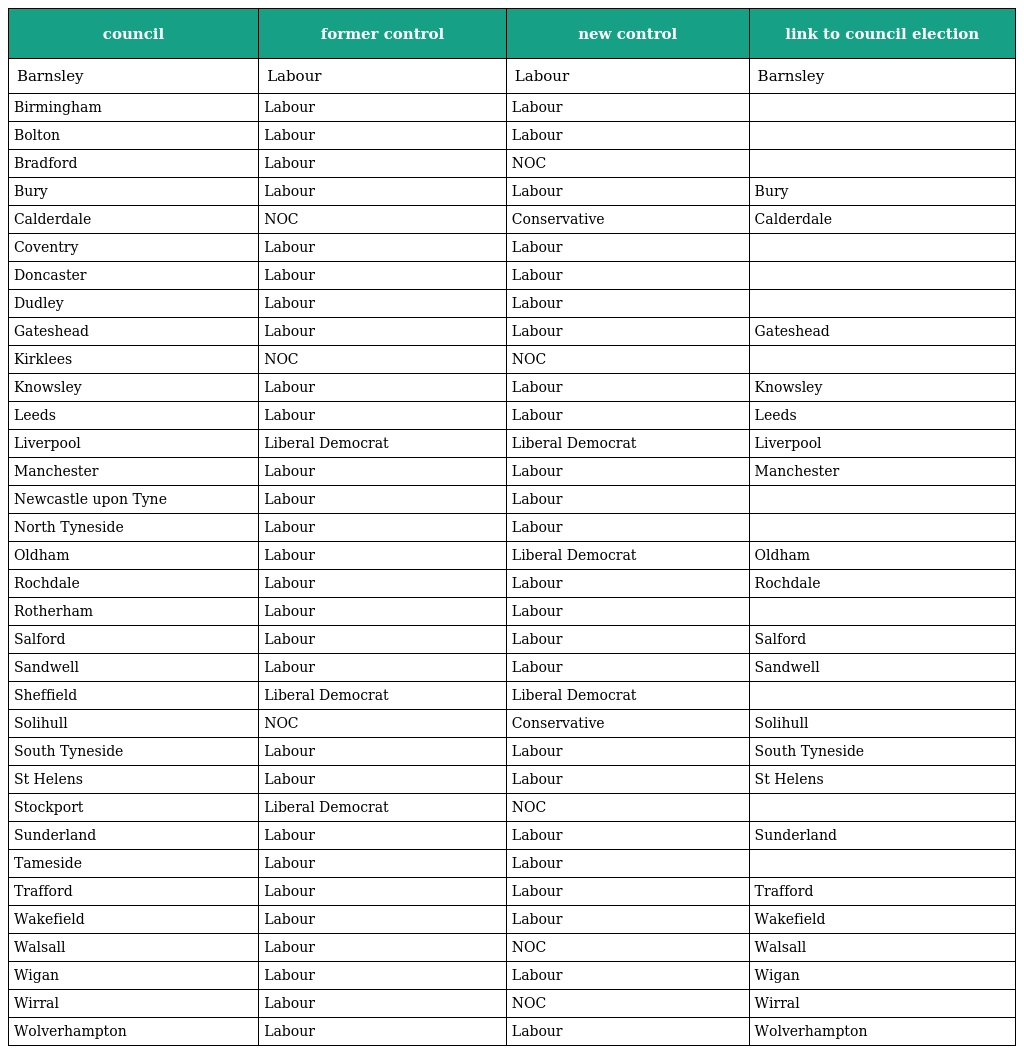
| council | former control | new control | link to council election |
 | --- | --- | --- | --- |
 | Barnsley | Labour | Labour | Barnsley |
 | Birmingham | Labour | Labour |  |
 | Bolton | Labour | Labour |  |
 | Bradford | Labour | NOC |  |
 | Bury | Labour | Labour | Bury |
 | Calderdale | NOC | Conservative | Calderdale |
 | Coventry | Labour | Labour |  |
 | Doncaster | Labour | Labour |  |
 | Dudley | Labour | Labour |  |
 | Gateshead | Labour | Labour | Gateshead |
 | Kirklees | NOC | NOC |  |
 | Knowsley | Labour | Labour | Knowsley |
 | Leeds | Labour | Labour | Leeds |
 | Liverpool | Liberal Democrat | Liberal Democrat | Liverpool |
 | Manchester | Labour | Labour | Manchester |
 | Newcastle upon Tyne | Labour | Labour |  |
 | North Tyneside | Labour | Labour |  |
 | Oldham | Labour | Liberal Democrat | Oldham |
 | Rochdale | Labour | Labour | Rochdale |
 | Rotherham | Labour | Labour |  |
 | Salford | Labour | Labour | Salford |
 | Sandwell | Labour | Labour | Sandwell |
 | Sheffield | Liberal Democrat | Liberal Democrat |  |
 | Solihull | NOC | Conservative | Solihull |
 | South Tyneside | Labour | Labour | South Tyneside |
 | St Helens | Labour | Labour | St Helens |
 | Stockport | Liberal Democrat | NOC |  |
 | Sunderland | Labour | Labour | Sunderland |
 | Tameside | Labour | Labour |  |
 | Trafford | Labour | Labour | Trafford |
 | Wakefield | Labour | Labour | Wakefield |
 | Walsall | Labour | NOC | Walsall |
 | Wigan | Labour | Labour | Wigan |
 | Wirral | Labour | NOC | Wirral |
 | Wolverhampton | Labour | Labour | Wolverhampton |